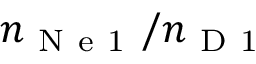
n _ { \mathrm { ~ N ~ e ~ 1 ~ } } / n _ { \mathrm { ~ D ~ 1 ~ } }